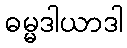
ဓမ္မဒါယာဒါ